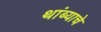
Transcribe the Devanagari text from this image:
थांब्याचे